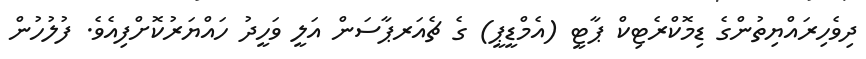
ދިވެހިރައްޔިތުންގެ ޑިމޮކްރެޓިކް ޕާޓީ (އެމްޑީޕީ) ގެ ޗެއަރޕާސަން އަލީ ވަހީދު ހައްޔަރުކޮށްފިއެވެ. ފުލުހުން